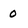
Character: 0